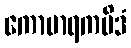
ကောမာရကမိဒံ